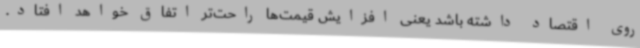
روی اقتصاد داشته باشد یعنی افزایش قیمت‌ها راحت‌تر اتفاق خواهد افتاد.